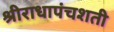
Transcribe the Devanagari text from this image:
श्रीराधापंचशती